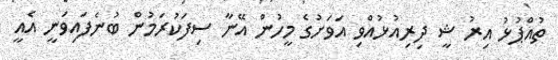
ތުއްޕުޅު އިރު ޝީ ދިރިއުޅުއްވި އަވަށުގެ މީހުން އޭނާ ސިފަކުރަމުން ބުނެފައިވަނީ އެއީ